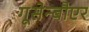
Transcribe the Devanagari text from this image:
गूसेन्बौएर